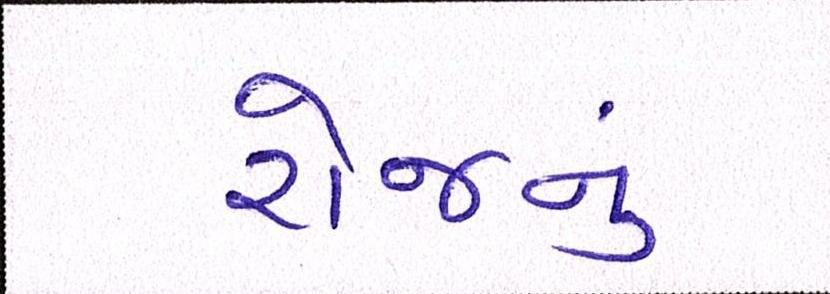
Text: રોજનું